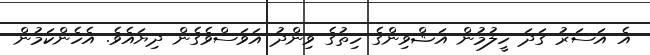
އެ އަސަރު ގަދަ ހީލުމުން އަޝްވިންގެ ހިތުގެ ވިންދު އަވަސްވެގެން ދިޔައެވެ. އެހެންކަމުން